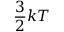
\frac { 3 } { 2 } k T